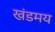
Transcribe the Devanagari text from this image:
खंडमय